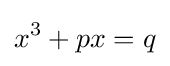
x^{3}+px=q